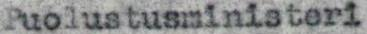
Puolustusministeri